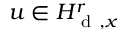
u \in H _ { \mathrm { ~ d ~ } , x } ^ { r }